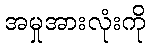
အမှုအားလုံးကို